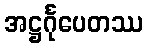
အဋ္ဌင်္ဂုပေတဿ